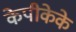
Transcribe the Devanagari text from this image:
केपीकेके